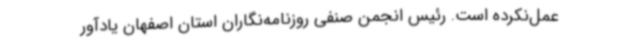
عمل‌نکرده است. رئیس انجمن صنفی روزنامه‌نگاران استان اصفهان یادآور